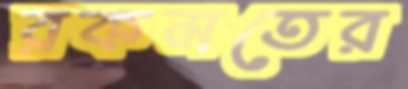
রকমতের